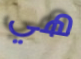
هي